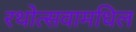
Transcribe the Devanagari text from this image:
रथोत्सवामधिल